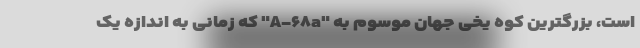
است، بزرگترین کوه یخی جهان موسوم به "A-۶۸a" که زمانی به اندازه یک